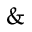
\&